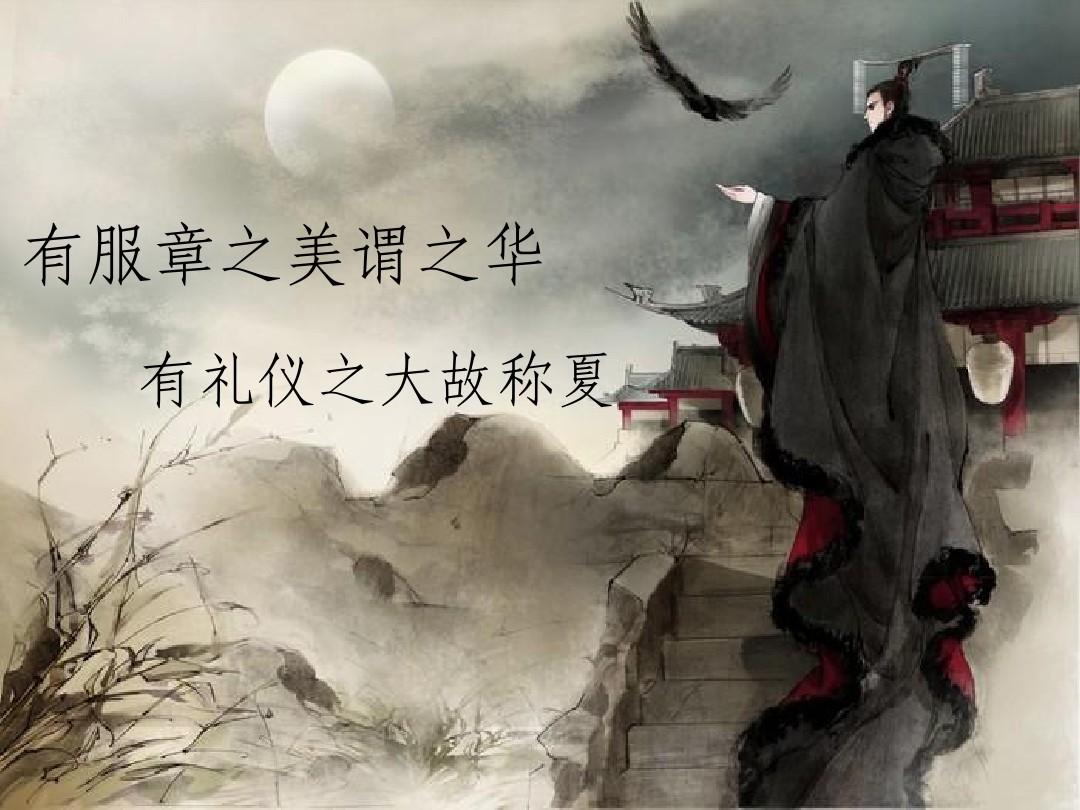
世俗之君子，贫而谓之富则怒，无义而谓之有义则喜。